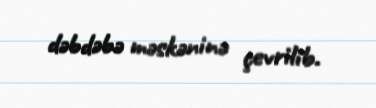
dəbdəbə məskəninə çevrilib.